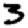
Digit: 3